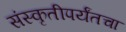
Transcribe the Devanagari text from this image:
संस्कृतीपर्यंतचा